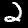
Label: 2